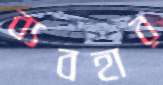
ব্যবহার